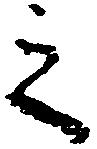
之